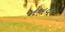
જોખવ